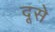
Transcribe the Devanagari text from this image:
दूसे